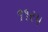
૧૧રપ